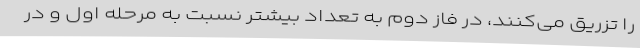
را تزریق می‌کنند، در فاز دوم به تعداد بیشتر نسبت به مرحله اول و در